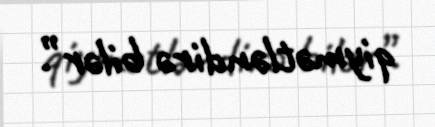
qiymətləndirə bilər”.